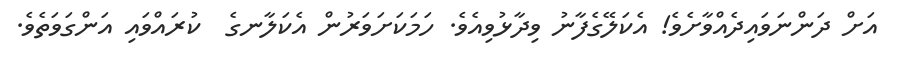
އަށް ދަންނަވައިދެއްވާށެވެ! އެކަލޭގެފާނު ވިދާޅުވިއެވެ. ހަމަކަށަވަރުން އެކަލާނގެ  ކުރައްވައި އަންގަވަތެވެ.